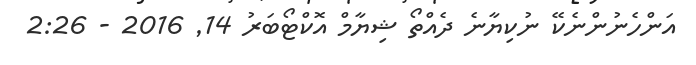
އަންހެނުންނެކޭ ނުކިޔާނެ ދެއްތޯ ޝިޔާމް އޮކްޓޯބަރު 14